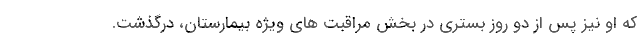
که او نیز پس از دو روز بستری در بخش مراقبت های ویژه بیمارستان، درگذشت.